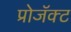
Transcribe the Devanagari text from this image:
प्रोजॅक्ट